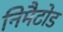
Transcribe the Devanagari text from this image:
निमैटोड